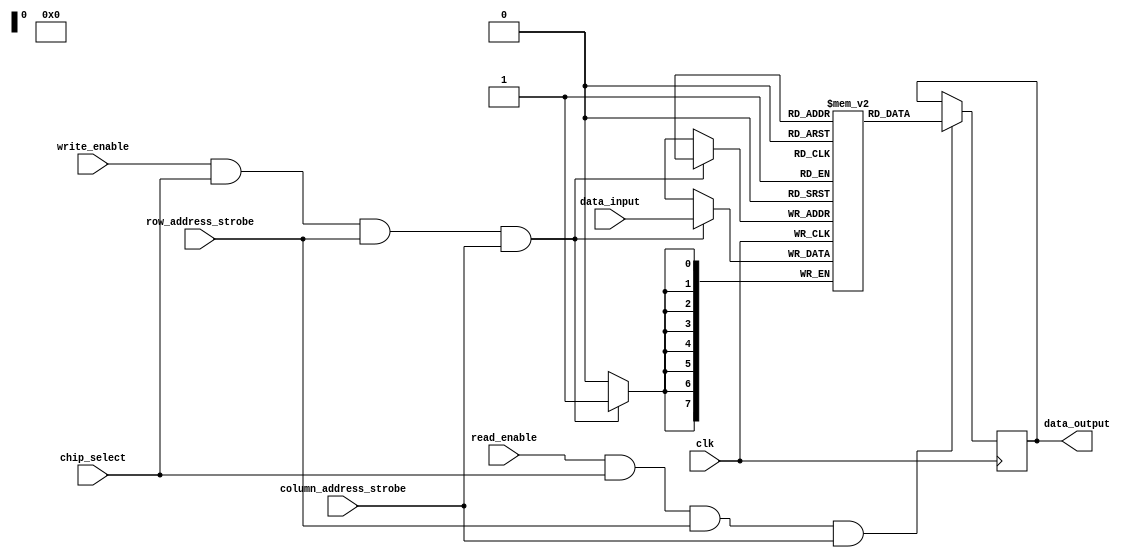
module dram_memory (
    input wire clk,
    input wire [7:0] data_input,
    input wire read_enable,
    input wire write_enable,
    input wire chip_select,
    input wire row_address_strobe,
    input wire column_address_strobe,
    output reg [7:0] data_output
);

reg [7:0] memory_array [0:255]; // 256 rows of 8-bit data

always @ (posedge clk) begin
    if (read_enable && chip_select && row_address_strobe && column_address_strobe) begin
        data_output <= memory_array[row_address];
    end
    
    if (write_enable && chip_select && row_address_strobe && column_address_strobe) begin
        memory_array[row_address] <= data_input;
    end
end

endmodule